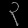
Digit: ၃